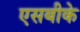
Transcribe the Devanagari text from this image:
एसबीके